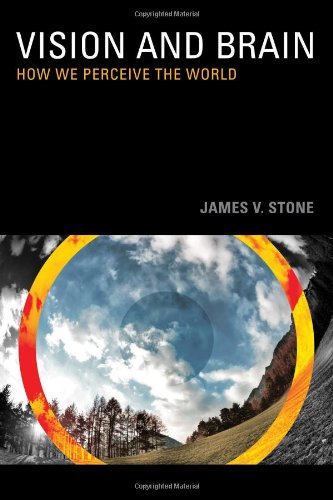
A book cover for Vision and Brain: How We Perceive the World; James V. Stone; Health, Fitness & Dieting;